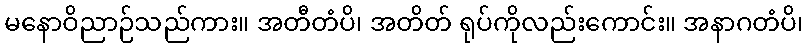
မနောဝိညာဉ်သည်ကား။ အတီတံပိ၊ အတိတ် ရုပ်ကိုလည်းကောင်း။ အနာဂတံပိ၊